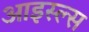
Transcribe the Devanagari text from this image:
आइस्ल्स